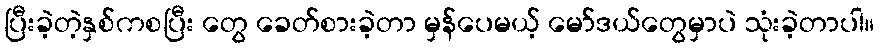
ပြီးခဲ့တဲ့နှစ်ကစပြီး တွေ ခေတ်စားခဲ့တာ မှန်ပေမယ့် မော်ဒယ်တွေမှာပဲ သုံးခဲ့တာပါ။